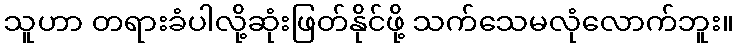
သူဟာ တရားခံပါလို့ဆုံးဖြတ်နိုင်ဖို့ သက်သေမလုံလောက်ဘူး။